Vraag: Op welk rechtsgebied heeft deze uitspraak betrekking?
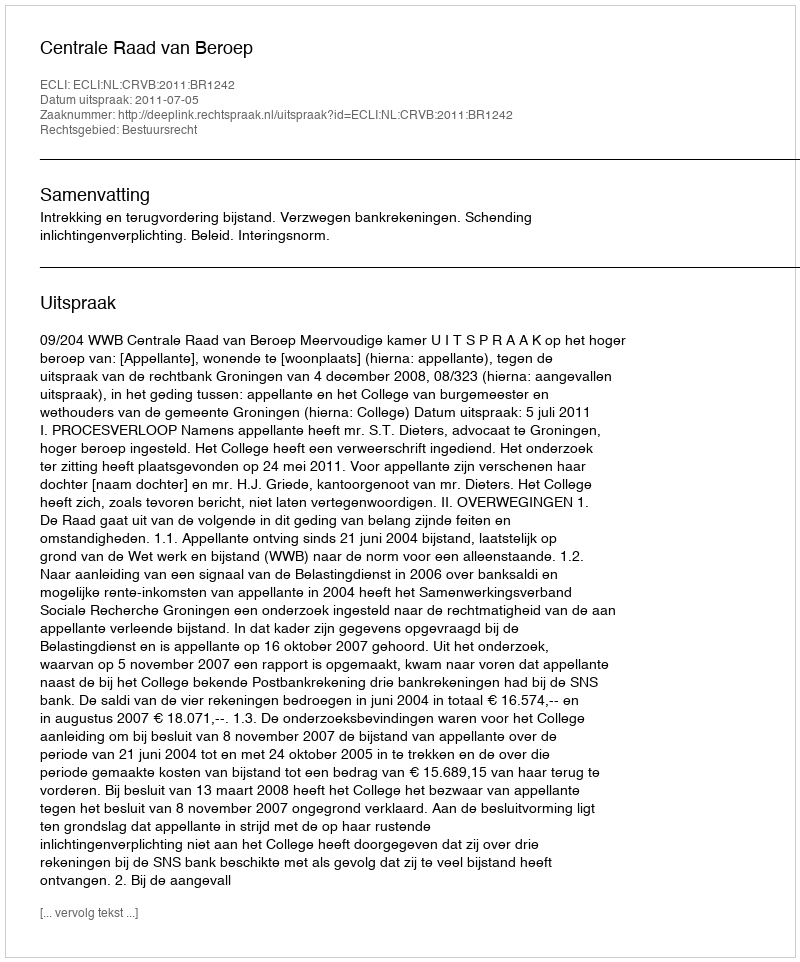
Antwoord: Bestuursrecht